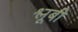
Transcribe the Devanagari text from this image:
श्लूबी